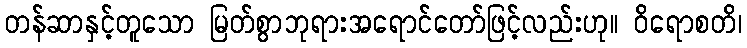
တန်ဆာနှင့်တူသော မြတ်စွာဘုရားအရောင်တော်ဖြင့်လည်းဟု။ ဝိရောစတိ၊